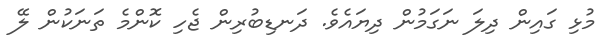
މުޅި ގައިން ދިލަ ނަގަމުން ދިޔައެވެ. ދަނޑިބުރިން ޖެހި ކޮންމެ ތަނަކުން ލޭ